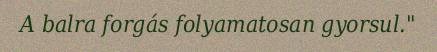
A balra forgás folyamatosan gyorsul."